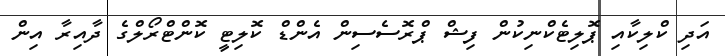
އަދި ކްލިކާއި ޕޮލިޓެކްނިކުން ފިޝް ޕްރޮސެސިން އެންޑް ކޮލިޓީ ކޮންޓްރޯލްގެ ދާއިރާ އިން